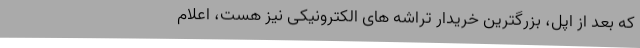
که بعد از اپل، بزرگترین خریدار تراشه های الکترونیکی نیز هست، اعلام